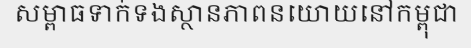
សម្ពាធទាក់ទងស្ថានភាពនយោយនៅកម្ពុជា